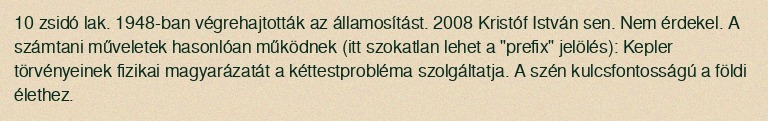
10 zsidó lak. 1948-ban végrehajtották az államosítást. 2008 Kristóf István sen. Nem érdekel. A számtani műveletek hasonlóan működnek (itt szokatlan lehet a "prefix" jelölés): Kepler törvényeinek fizikai magyarázatát a kéttestprobléma szolgáltatja. A szén kulcsfontosságú a földi élethez.